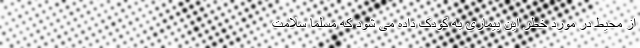
از محیط در مورد خطر این بیماری به کودک داده می شود که مسلما سلامت